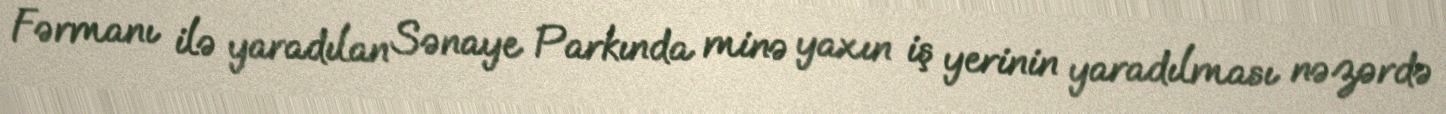
Fərmanı ilə yaradılan Sənaye Parkında minə yaxın iş yerinin yaradılması nəzərdə